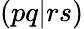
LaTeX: (pq|rs)